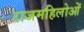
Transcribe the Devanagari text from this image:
राजमहिलोओं